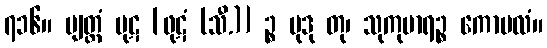
၇၁၆။ ဗျတ္တံ ပုဋ [ဖုဋံ (သီ.)] ဉ္စ မုဒု တု၊ သုကုမာရဉ္စ ကောမလံ။